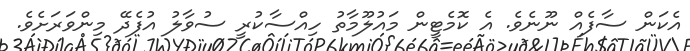
އެކަން ސާފެއް ނޫނެވެ. އެ ކޮމެޓީން މައުލޫމާތު ހިއްސާކުރީ ސުވާލު އުފެދޭ މިންވަރަށެވެ.